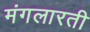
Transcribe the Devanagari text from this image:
मंगलारती